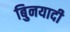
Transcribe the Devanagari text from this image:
बुिनयादी